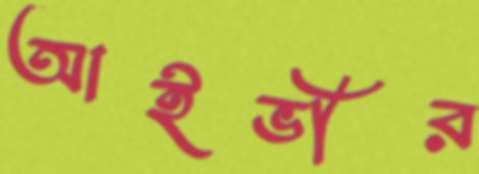
আইভীর